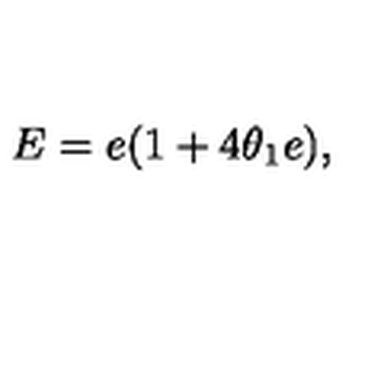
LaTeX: E = e ( 1 + 4 \theta _ { 1 } e ) , \quad